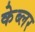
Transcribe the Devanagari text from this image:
केब्लर